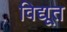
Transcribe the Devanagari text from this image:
विद्यूत